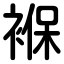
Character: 褓